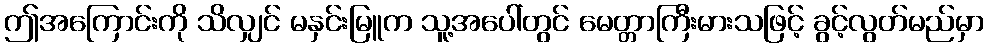
ဤအကြောင်းကို သိလျှင် မနှင်းမြူက သူ့အပေါ်တွင် မေတ္တာကြီးမားသဖြင့် ခွင့်လွတ်မည်မှာ